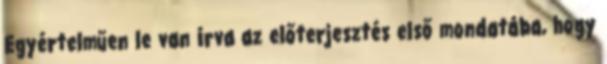
Egyértelműen le van írva az előterjesztés első mondatába, hogy